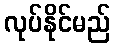
လုပ်နိုင်မည်